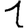
Digit: 1